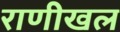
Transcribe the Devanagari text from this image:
राणीखल